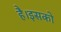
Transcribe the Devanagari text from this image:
है।इसको